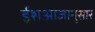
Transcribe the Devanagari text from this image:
ईशआज्ञानुसार